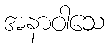
အနာဝါသေ